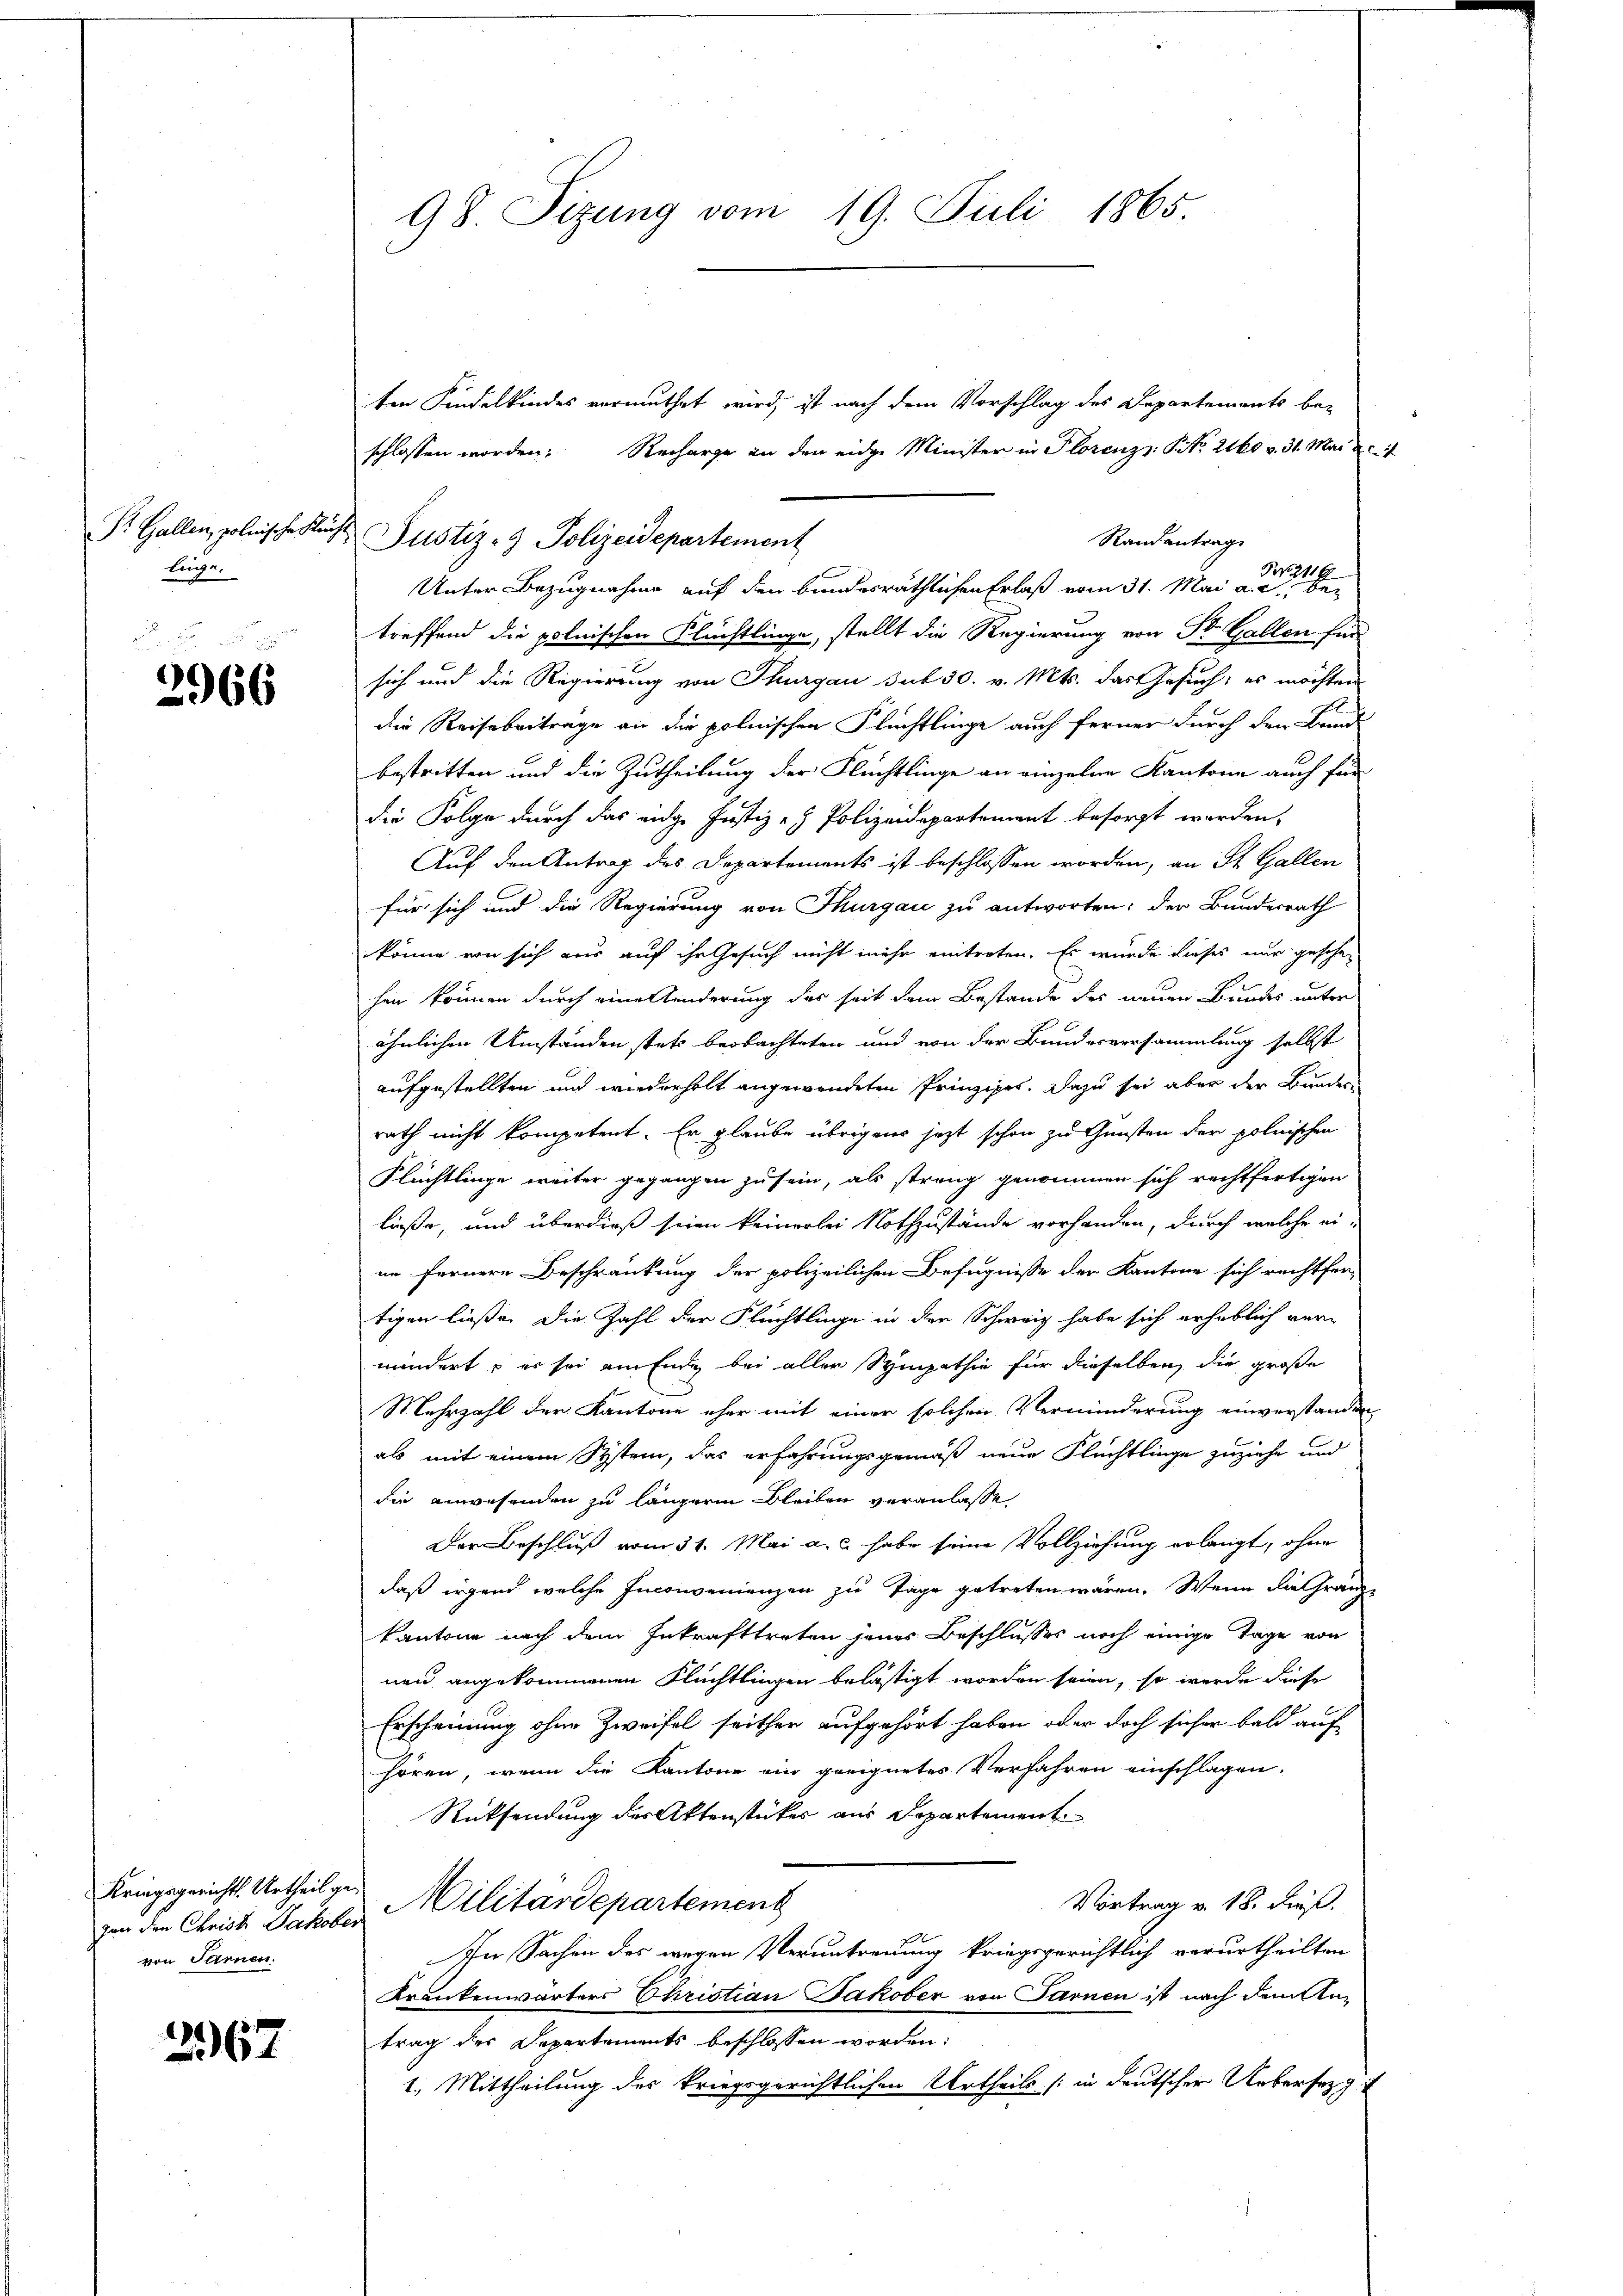
Dr. Gallen, polnische Kleilinge.

2966

Kriegsgerichts Urtheil gevon Sarnen.

2367

ten Kindelkindes vermuthet wird, ist nach dem Vorschlag des Departements be-
schlossen worden. Recharge an den eidge Minister in Plorenz No. 2160 v. 31. Mai 1
Justiz- & Polizeidepartement
Randantrag
Unter Bezugnahme auf den bundesräthlichen Erlaß vom 31. Mai a.
treffend die polnischen Flüchtlinge, stellt die Regierung von St. Gallen für
sich und die Regierung von Thurgau sub 30. v. Mts. das Gesuch; es möchten
die Reise beitrage an die polnischen Flüchtlinge auch ferner durch den Brand
bestritten und die Zutheilung der Flüchtlinge an einzelne Kantone auch für
die Folge durch das eige Justiz- & Polizeidepartement besorgt werden.
Auf den Antrag des Departements ist beschlossen worden, an St. Gallen
für sich und die Regierung von Thurgau zu antworten; der Bundesrath
könne von sich aus auf ihr Gesuch nicht mehr eintreten. Es wurde dieses nur geschen
hen können durch eine Kinderung der seit dem Bestande des neuen Bundes unter
ähnlichen Umständen stets beobachteten und von der Bundesversammlung selbst
aufgestellten und wiederholt angewendeten Prinzipes. Dazu sei aber der Bunder
rath nicht kompetent. Er glaube übrigens jetzt schon zu Gunsten der polnischen
Flüchtlinge weiter gegangen zu sein, als streng genommen sich rechtfertigen
ließe, und überdieß seien keinerlei Nothzustände vorhanden, durch welche ei-
ne fernere Beschränkung der polizeilichen Befugnisse der Kantone sich rechtfer-
tigen ließe, die Zahl der Flüchtlinge in der Schweiz habe sich erheblich vermindert, er sei am Ende bei aller Sympathie für dieselben die große
Mehrzahl der Kantone eher mit einer solchen Verminderung einverstanden
als mit einem System, das erfahrungsgemäß neue Flüchtlinge zuziehe und
die anwesenden zu längeren Bleiben veranlasse,
Der Beschluß vom 31. Mai a. c. habe seine Vollziehung erlangt, ohne
daß irgend welche Inconvenienzen zu Tage getreten wären. Wenn die Gränze
kantone nach dem Inkrafttreten jenes Beschlusses noch einige Tage von
nen angekommenen Flüchtlingen belästigt worden seien, so werde diese
Erscheinung ohne Zweifel seither aufgehört haben oder doch sicher bald auf
hören, wenn die Kantone ein geeignetes Verfahren einschlagen:
Rücksendung des Aktenstücker aus Departement
Vortrag v. 18. dieß.
gen den Christ. Jakober Militärdepartement
In Sachen des wegen Veruntreuung kriegsgerichtlich verurtheilten
Krankenwärters Christian Jakober von Sarnen ist nach dem Antrag des Departements beschlossen worden:
1. Mittheilung des kriegsgerichtlichen Urtheils (in deutscher Uebersezg

98 Sizung vom 19. Juli 1865

.